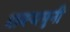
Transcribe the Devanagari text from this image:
शक्यमुनी